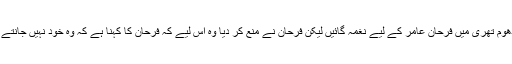
ان کی آواز اتنی اچھی لگی کہ یش راج چاہتے تھے کہ دھوم تھری میں فرحان عامر کے لیے نغمہ گائیں لیکن فرحان نے منع کر دیا وہ اس لیے کہ فرحان کا کہنا ہے کہ وہ خود نہیں جانتے کہ ان کی آواز دوسروں کو سوٹ کرے گی بھی یا نہیں؟